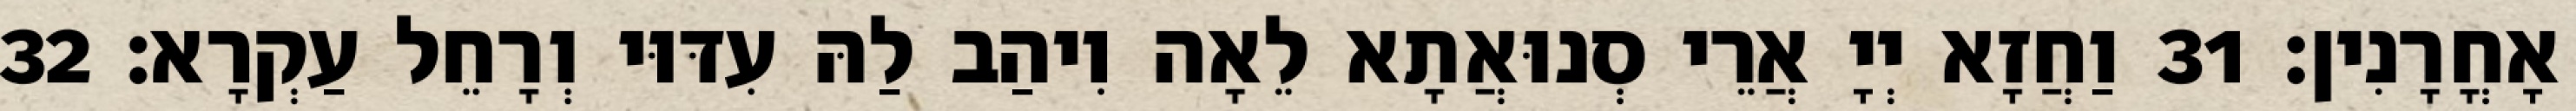
אָחֳרָנִין׃ 31 וַחֲזָא יְיָ אֲרֵי סְנוּאֲתָא לֵאָה וִיהַב לַהּ עִדּוּי וְרָחֵל עַקְרָא׃ 32